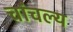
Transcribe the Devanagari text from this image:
चांचल्य